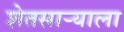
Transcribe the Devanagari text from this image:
शेतसाऱ्याला